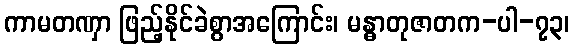
ကာမတဏှာ ဖြည့်နိုင်ခဲစွာအကြောင်း၊ မန္ဓာတုဇာတက-ပါ-၇၃၊